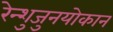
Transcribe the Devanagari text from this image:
रेन्शुजुनयोकान